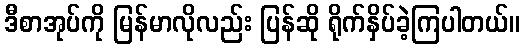
ဒီစာအုပ်ကို မြန်မာလိုလည်း ပြန်ဆို ရိုက်နှိပ်ခဲ့ကြပါတယ်။